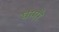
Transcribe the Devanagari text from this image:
घागरे